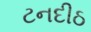
ટનદીઠ